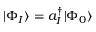
| \Phi _ { I } \rangle = a _ { I } ^ { \dagger } | \Phi _ { 0 } \rangle